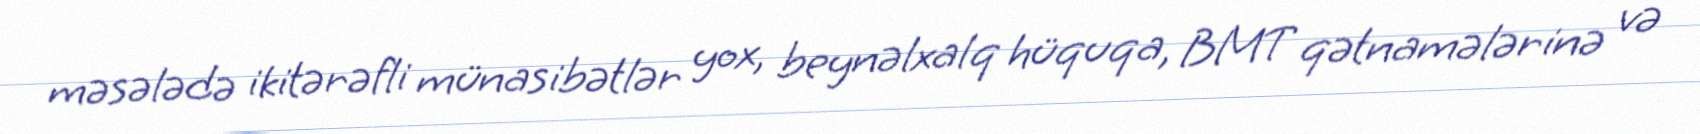
məsələdə ikitərəfli münasibətlər yox, beynəlxalq hüquqa, BMT qətnamələrinə və